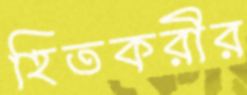
হিতকরীর